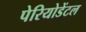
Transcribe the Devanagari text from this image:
पेरियोडेंटल